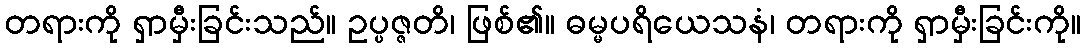
တရားကို ရှာမှီးခြင်းသည်။ ဥပ္ပဇ္ဇတိ၊ ဖြစ်၏။ ဓမ္မပရိယေသနံ၊ တရားကို ရှာမှီးခြင်းကို။